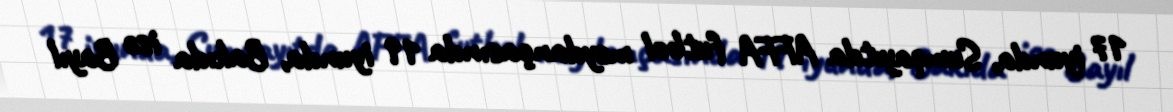
17 iyunda, Sumqayıtda AFFA futbol meydançasında 19 iyunda, Bakıda isə Bayıl